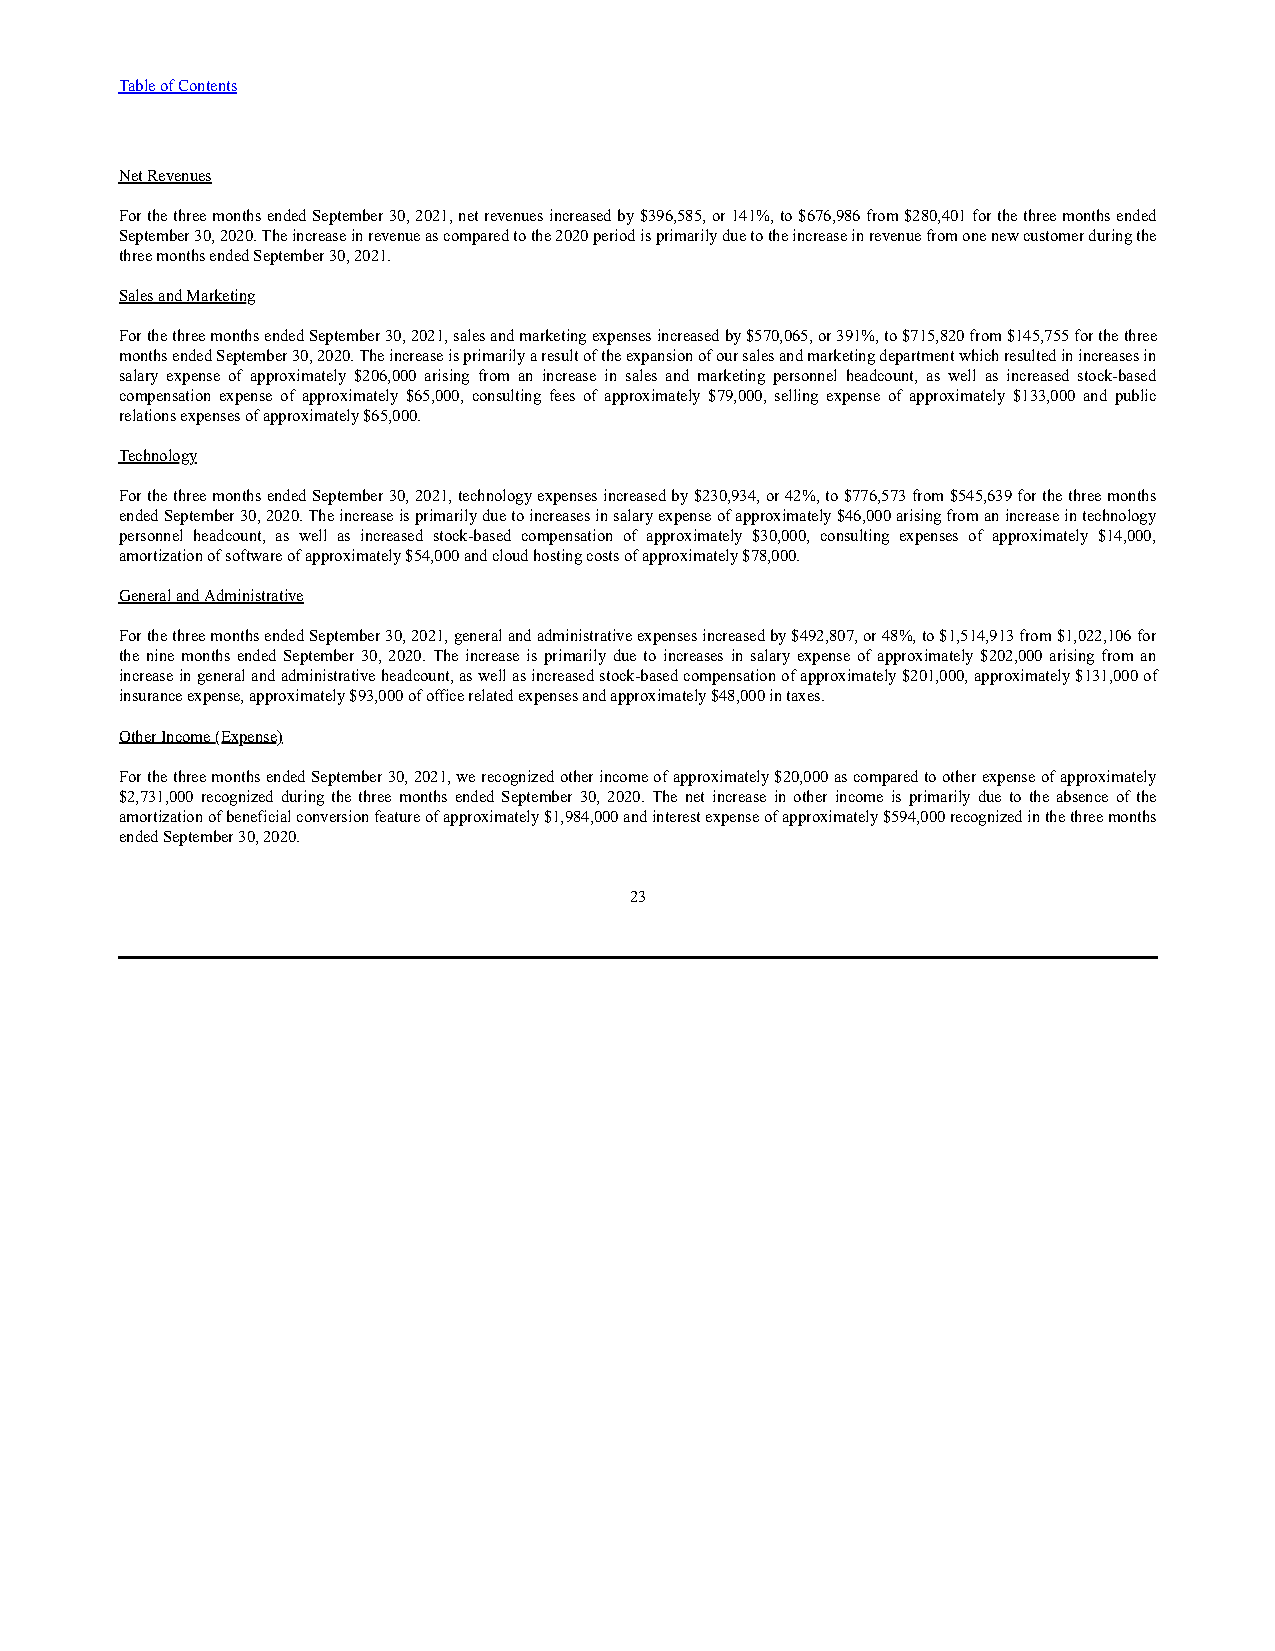
Table of Contents
 Net Revenues
 For the three months ended September 30, 2021, net revenues increased by $396,585, or 141%, to $676,986 from $280,401 for the three months ended
 September 30, 2020. The increase in revenue as compared to the 2020 period is primarily due to the increase in revenue from one new customer during the
 three months ended September 30, 2021.
 Sales and Marketing
 For the three months ended September 30, 2021, sales and marketing expenses increased by $570,065, or 391%, to $715,820 from $145,755 for the three
 months ended September 30, 2020. The increase is primarily a result of the expansion of our sales and marketing department which resulted in increases in
 salary expense of approximately $206,000 arising from an increase in sales and marketing personnel headcount, as well as increased stock-based
 compensation expense of approximately $65,000, consulting fees of approximately $79,000, selling expense of approximately $133,000 and public
 relations expenses of approximately $65,000.
 Technology
 For the three months ended September 30, 2021, technology expenses increased by $230,934, or 42%, to $776,573 from $545,639 for the three months
 ended September 30, 2020. The increase is primarily due to increases in salary expense of approximately $46,000 arising from an increase in technology
 personnel headcount, as well as increased stock-based compensation of approximately $30,000, consulting expenses of approximately $14,000,
 amortization of software of approximately $54,000 and cloud hosting costs of approximately $78,000.
 General and Administrative
 For the three months ended September 30, 2021, general and administrative expenses increased by $492,807, or 48%, to $1,514,913 from $1,022,106 for
 the nine months ended September 30, 2020. The increase is primarily due to increases in salary expense of approximately $202,000 arising from an
 increase in general and administrative headcount, as well as increased stock-based compensation of approximately $201,000, approximately $131,000 of
 insurance expense, approximately $93,000 of office related expenses and approximately $48,000 in taxes.
 Other Income (Expense)
 For the three months ended September 30, 2021, we recognized other income of approximately $20,000 as compared to other expense of approximately
 $2,731,000 recognized during the three months ended September 30, 2020. The net increase in other income is primarily due to the absence of the
 amortization of beneficial conversion feature of approximately $1,984,000 and interest expense of approximately $594,000 recognized in the three months
 ended September 30, 2020.
 23